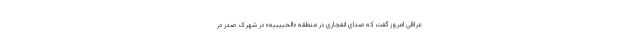
عراقی امروز گفت که صدای انفجاری در منطقه «الحبیبیه» در شهرک صدر در